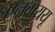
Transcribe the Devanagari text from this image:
एनवाययू